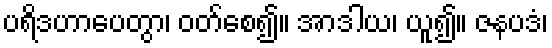
ပရိဒဟာပေတွာ၊ ဝတ်စေ၍။ အာဒါယ၊ ယူ၍။ ဇနပဒံ၊